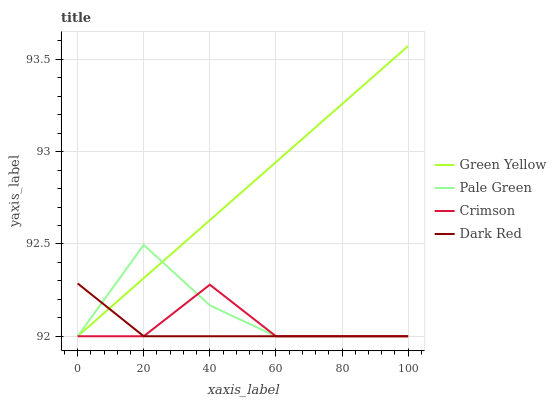
| xaxis_label | Green Yellow | Pale Green | Crimson | Dark Red |
 | --- | --- | --- | --- | --- |
 | 0 | 92 | 92 | 92 | 92.3 |
 | 20 | 92.3 | 92.5 | 92 | 92 |
 | 40 | 92.6 | 92.2 | 92.3 | 92 |
 | 60 | 92.9 | 92 | 92 | 92 |
 | 80 | 93.3 | 92 | 92 | 92 |
 | 100 | 93.6 | 92 | 92 | 92 |